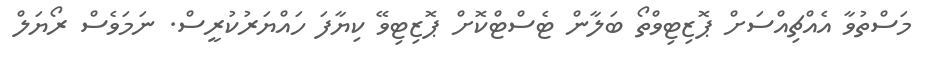
މަސްތުވާ އެއްޗިއްސަށް ޕޮޒިޓިވްތޯ ބަލާން ޓެސްޓްކޮށް ޕޮޒިޓިވޭ ކިޔާފަ ހައްޔަރުކުރީސް. ނަމަވެސް ރޯޔަލް